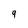
Character: 9